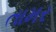
તામર